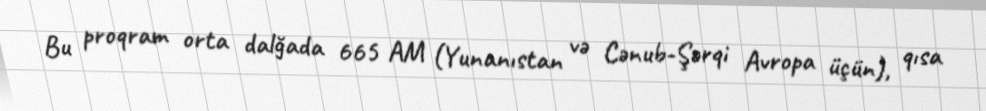
Bu proqram orta dalğada 665 AM (Yunanıstan və Cənub-Şərqi Avropa üçün), qısa